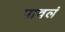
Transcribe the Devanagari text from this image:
पावलं